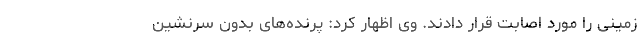
زمینی را مورد اصابت قرار دادند. وی اظهار کرد: پرنده‌های بدون سرنشین